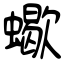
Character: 蠍